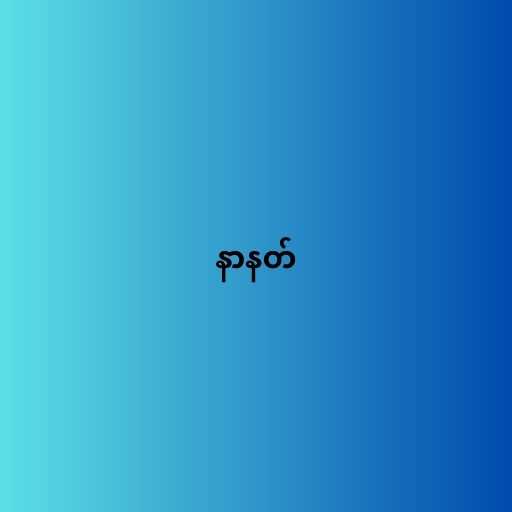
နာနတ်